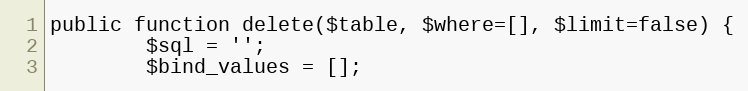
Language: PHP
public function delete($table, $where=[], $limit=false) {
        $sql = '';
        $bind_values = [];